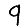
Digit: 9